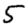
Digit: 5